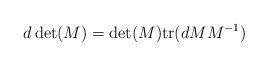
LaTeX: \begin{align*}d\det(M)=\det(M){\rm tr}(dMM^{-1})\end{align*}